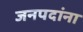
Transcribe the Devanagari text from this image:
जनपदांना